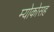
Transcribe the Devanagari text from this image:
म्योकोसह